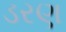
ડરણ